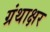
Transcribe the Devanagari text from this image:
ग्रंथाक्षर